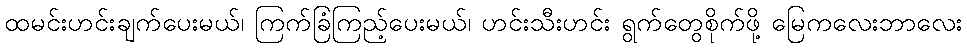
ထမင်းဟင်းချက်ပေးမယ်၊ ကြက်ခြံကြည့်ပေးမယ်၊ ဟင်းသီးဟင်း ရွက်တွေစိုက်ဖို့ မြေကလေးဘာလေး